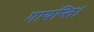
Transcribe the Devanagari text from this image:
गायन्ति।